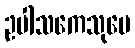
ဥပါသကေသုပေ